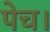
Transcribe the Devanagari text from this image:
पेच।